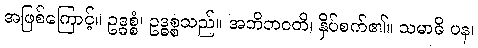
အဖြစ်ကြောင့်။ ဥဒ္ဓစ္စံ၊ ဥဒ္ဓစ္စသည်။ အဘိဘဝတိ၊ နှိပ်စက်၏။ သမာဓိ ပန၊